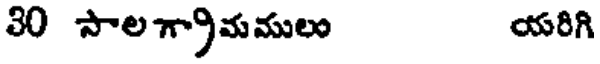
30 సాలగ్రామములు యరిగి